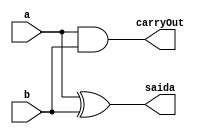
// PUC Minas - Ciencia da Computacao - Arquitetura de Computadores I
// Exemplo0021
// Nome: Ana Cristina Pereira Teixeira

// ------------------------- 
// --- halfAdder
// ------------------------- 
module halfAdder (output saida, output carryOut, input a, input b);
	
	xor XOR1 (saida, a, b);
	and AND1 (carryOut, a, b);
	
endmodule // -- halfAdder

// ------------------------- 
// --- fullAdder
// ------------------------- 
module fullAdder (output saida, output carryOut, input a, input b, input carryIn);
	
	wire [2:0]s;
	
	halfAdder HA1 (s[0], s[1], a, b);
	halfAdder HA2 (saida, s[2], s[0], carryIn);
	
	or OR1 (carryOut, s[1], s[2]);

endmodule // -- fullAdder

// ------------------------- 
// --- fullAdder 2
// ------------------------- 
module fullAdder2 (output [2:0]saida, output carryOut, input [2:0]a, input [2:0]b, input carryIn);
	
	wire [2:0]s;
	
	fullAdder FA1 (saida[0], s[0], a[0], b[0], carryIn);
	fullAdder FA2 (saida[1], s[1], a[1], b[1], s[0]);
	fullAdder FA4 (saida[2], carryOut, a[2], b[2], s[1]);

endmodule // -- fullAdder 2

// ------------------------- 
// --- modulo de teste full adder 2
// -------------------------
module test_fullAdder2;
	
	reg  [2:0] x;
	reg  [2:0] y;
	reg  cIn;
	
	wire [2:0] z;
	wire cOut;
	
	fullAdder2 modulo (z, cOut, x, y, cIn);
	
	// --- parte principal
	initial begin
		$display("Exemplo0021 - Guia04 - Ana Cristina - 427385");
		$display("Test ALU's full adder \n");
		$display("x + y\t + carryIn\t = carryOut\t saida\n");
		
		#1 x = 3'b001; y = 3'b010; cIn = 0;
		$monitor("%3b + %3b + %b = %b %3b", x, y, cIn, cOut, z);
		
		#1 x = 3'b001; y = 3'b010; cIn = 1;
		
		#1 x = 3'b101; y = 3'b110; cIn = 0;
		#1 x = 3'b101; y = 3'b110; cIn = 1;
		
		#1 x = 3'b111; y = 3'b011; cIn = 0;
		#1 x = 3'b111; y = 3'b011; cIn = 1;
		
		#1 x = 3'b011; y = 3'b010; cIn = 0;
		#1 x = 3'b011; y = 3'b010; cIn = 1;
		
	end
	
endmodule // -- test_fullAdder2
// --- previsao de testes
// -- x + y	 + carryIn	 = carryOut	 saida
// --
// -- 001 +  010	 + 0	 = 0	  011
// -- 001 +  010	 + 1	 = 0	  100
// -- 101 +  110	 + 0	 = 1	  011
// -- 101 +  110	 + 1	 = 1	  100
// -- 111 +  011	 + 0	 = 1	  010
// -- 111 +  011	 + 1	 = 1	  011
// -- 011 +  010	 + 0	 = 0	  101
// -- 011 +  010	 + 1	 = 0	  110